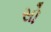
સો